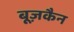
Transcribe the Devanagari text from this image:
बूज़कैन